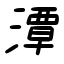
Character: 潭